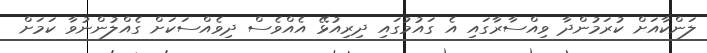
ލަންކާއަށް ކުރަމުންދާ ވިއްސާރާގައި އެ ގައުމުގައި ދިރިއުޅޭ އެއްވެސް ދިވެއްސަކަށް ގެއްލުންނުވާ ކަމަށް